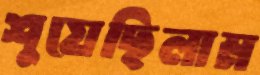
শুয়েছিলাম